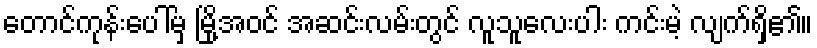
တောင်ကုန်းပေါ်မှ မြို့အဝင် အဆင်းလမ်းတွင် လူသူလေးပါး ကင်းမဲ့ လျက်ရှိ၏။